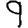
Digit: 9